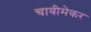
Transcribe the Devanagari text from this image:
चावीमेकर